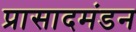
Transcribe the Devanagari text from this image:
प्रासादमंडन